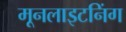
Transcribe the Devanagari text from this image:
मूनलाइटनिंग